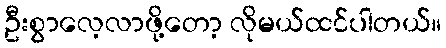
ဦးစွာလေ့လာဖို့တော့ လိုမယ်ထင်ပါတယ်။